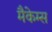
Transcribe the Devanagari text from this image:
मैकेम्स